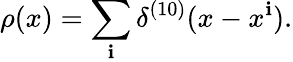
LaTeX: \rho(x)=\sum_{\mathbf{i}}\delta^{(10)}(x-x^{\mathbf{i}}).